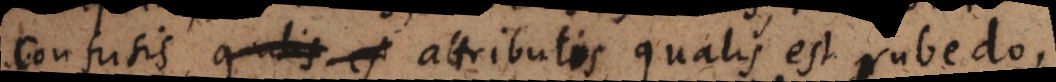
confusis attributis, qualis est rubedo,